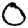
Digit: 0